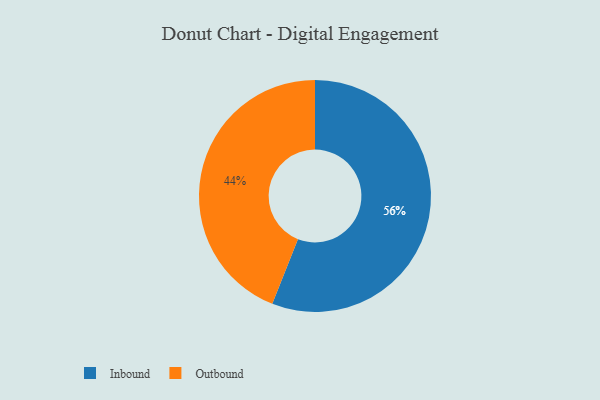
{"axis": {"x": "Category", "y": "Percentage"}, "legend": ["Inbound", "Outbound"], "data": [{"x": "Inbound", "y": 56, "type": "Inbound"}, {"x": "Outbound", "y": 44, "type": "Outbound"}]}